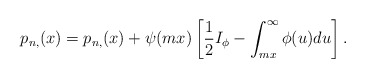
\begin{align*}p_{n,}(x)=p_{n,}(x)+\psi(mx)\left[\frac12 I_\phi-\int_{mx}^\infty\phi(u)du\right].\end{align*}